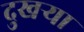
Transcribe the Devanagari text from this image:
दुखर्‍या